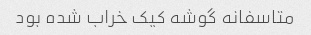
متاسفانه گوشه کیک خراب شده بود